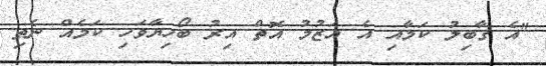
"އެ ގާބިލު ކަމާއި އެ އަޒުމު އޮތް އިރު ބޯހިޔާވަހި ކަމެއް ނެތި